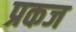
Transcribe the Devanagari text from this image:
प्रकज